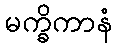
မက္ခိကာနံ